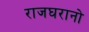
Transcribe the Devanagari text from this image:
राजघरानो